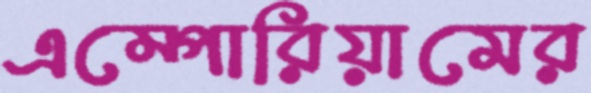
এম্পোরিয়ামের